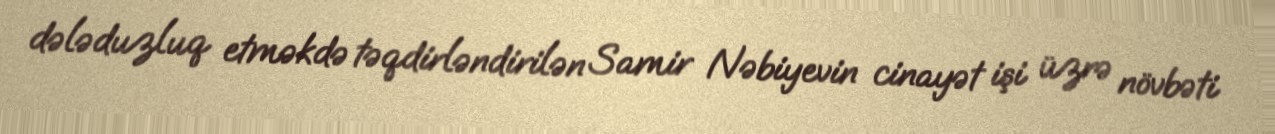
dələduzluq etməkdə təqdirləndirilən Samir Nəbiyevin cinayət işi üzrə növbəti